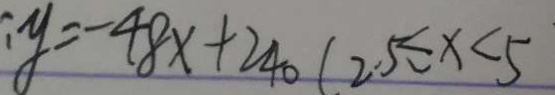
: y = - 4 8 x + 2 4 0 ( 2 . 5 \leq x < 5